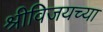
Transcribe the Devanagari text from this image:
श्रीविजयच्या